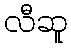
လီဆူ